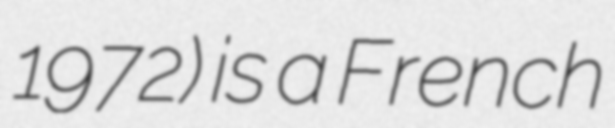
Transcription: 1972) is a French